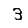
Digit: 3